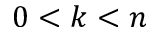
0 < k < n